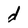
Character: d